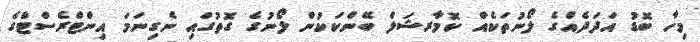
މިހާ ބޮޑު އަދަދެއްގެ ލޯނުތަކެއް ކޮމާރޝަލް ބޭންކަކުން ލޯނުގެ ގޮތުގައި ނެގިނަމަ އިންޓްރެސްޓްގެ